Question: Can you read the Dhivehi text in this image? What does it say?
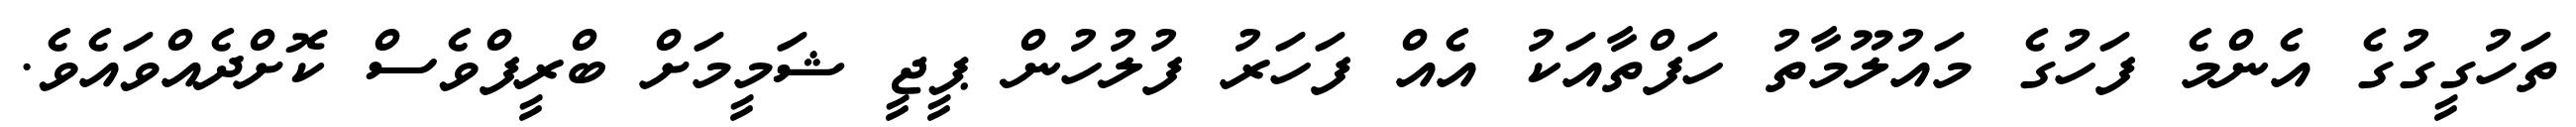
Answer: ތަހުގީގުގެ އެންމެ ފަހުގެ މައުލޫމާތު ހަފްތާއަކު އެއް ފަހަރު ފުލުހުން ޕީޖީ ޝަމީމަށް ބްރީފްވެސް ކޮށްދެއްވައެވެ.